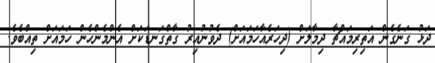
ދަޅު ގަނެގެން އަތިރިމައްޗާ ދިމާލަށް (ދިހަރެއާހަމައަށް) ދެވުނުއިރު ގާތްގަނޑަކަށް އެންމެންހެން ހަމައަށް ތިއްބެވެ.